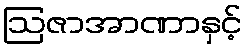
ဩဇာအာဏာနှင့်